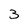
Character: 3